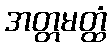
အတ္တမတ္ထံ